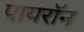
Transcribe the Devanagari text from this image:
पायराॅन